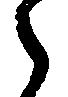
之